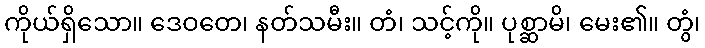
ကိုယ်ရှိသော။ ဒေဝတေ၊ နတ်သမီး။ တံ၊ သင့်ကို။ ပုစ္ဆာမိ၊ မေး၏။ တွံ၊